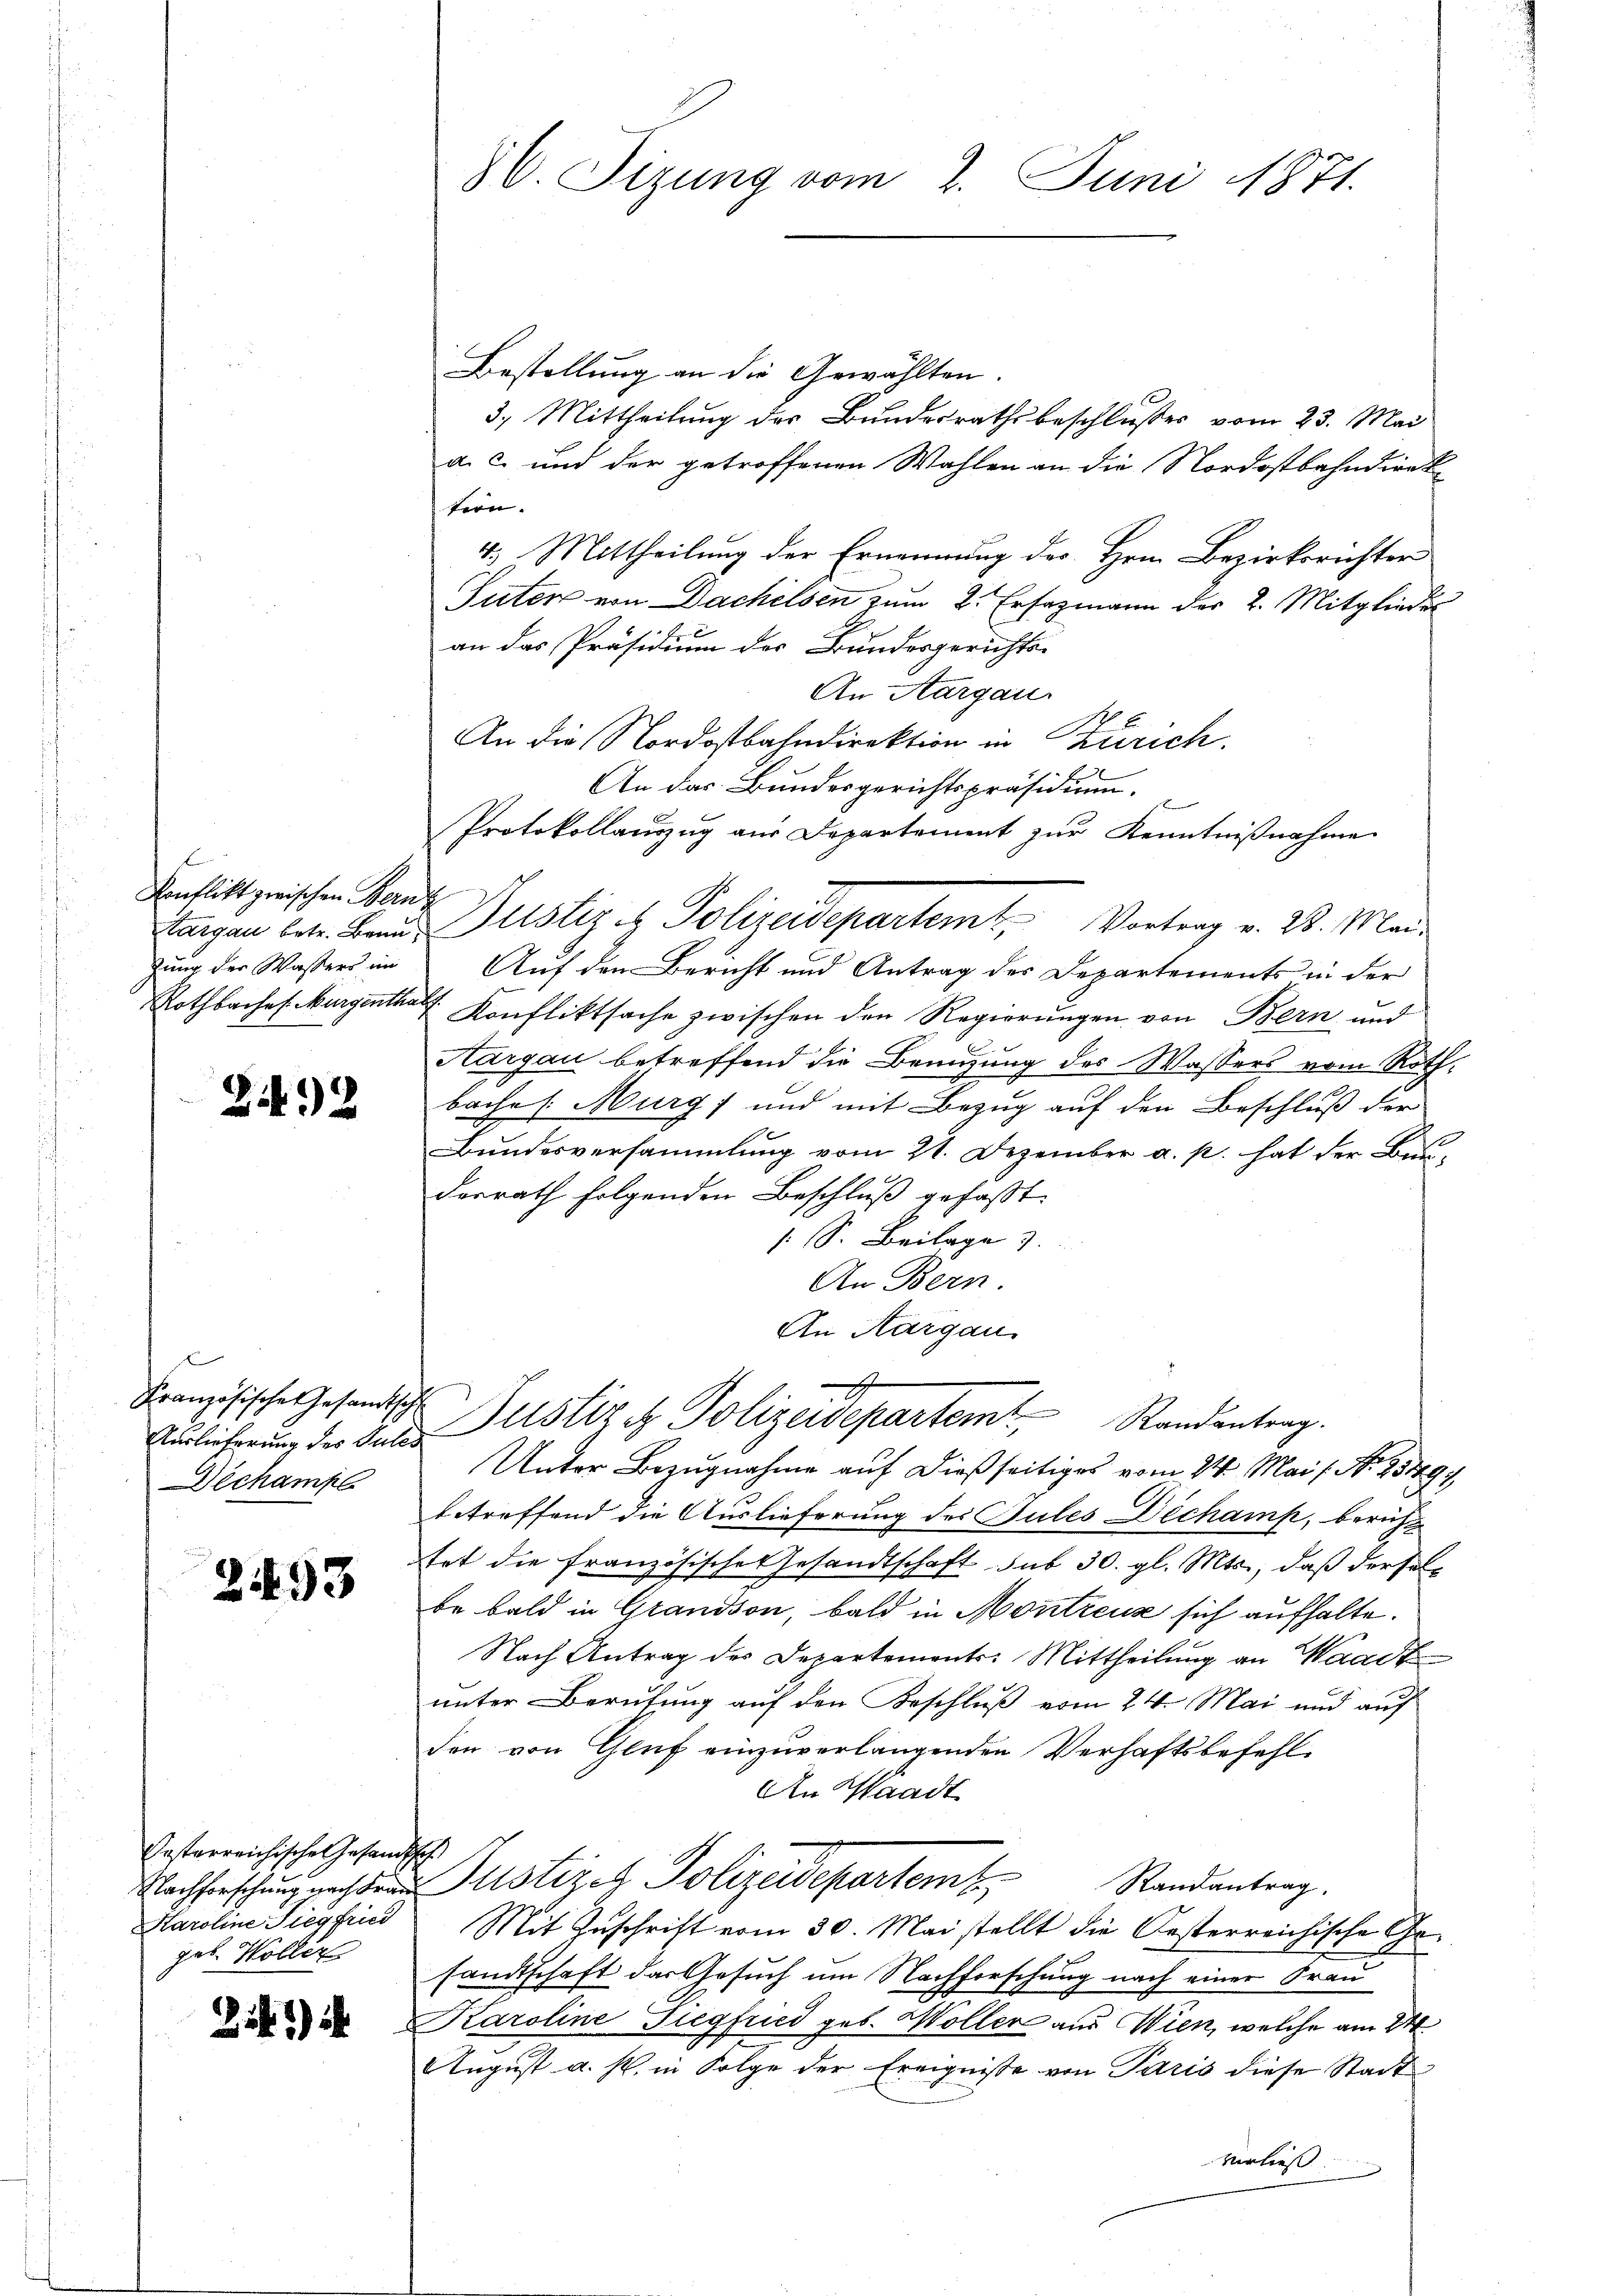
Konflikt zwischen Berne
zung der Wassers im

22

x
Französische Gesandtsche
Dechanks

2493

Pestarreichisches Gesandtsch
Karoline Siegfried
geb. Wollen

21)

Bestellung an die Gewählten
3.) Mittheilung der Bundesrathsbeschlußes vom 23. Mai
a. c. und der getroffenen Wahlen an die Nordostbahndirektern.
4.) Mittheilung der Ernennung des Hrn. Bezirksrichter
Suter von Dachelsen zum 2. Ersazmann der 2. Mitglieder
an das Präsidium des Bundesgerichts-
An Aargau.
An die Nordostbahndirektion in Zürich.
An das Bundesgerichtspräsidium.
Protokollanzug aus Departement zur Kenntnißnahme
Auf den Bericht und Antrag des Departements in der
Rothbarhef. Murgenthalt. Konfliktsache zwischen den Regierungen von Bern und
Aargau betreffend die Benuzung des Wassers vom Rothbache : Murg; und mit Bezug auf den Beschluß der
A
Bundesversammlung vom 21. Dezember a. p. hat der Bundesrath folgenden Beschluß gefaßt.
 S. Beilage 3
An Bern.
An Aargau.
A
Auslieferung der Fall Pulstiz et Polizeidepartem Randantrag.
Unter Bezugnahme auf dießseitiges vom 24. Mai l. N. 251494
betreffend die Auslieferung des Sules Dechank, beruht
tat die französische Gesandtschaft sub 30. gl. Mts., daß derselbe bald in Grandson, bald in Montreuse sich aufhalte.
Nach Antrag des Departements-Mittheilung an Waadt
unter Berufung auf den Beschluß vom 24. Mai und auf
den von Gluf einzuverlangenden Verhaftsbefehl¬
An Waadt
Nachforschung nach der Justizen Polizeidepartem Randantrag.
Mit Zuschrift vom 30. Mai stellt die Oesterreichische Gesandtschaft der Gesuch um Nachforschung nach einer Frau
Karoline Siegfried geb. Möller aus Wien, welche am 24.
August a. s. in Folge der Ereignisse von Paris diese Stadt
verließ

86. Sizung vom 2. Juni 1871.

Sargau betr. Band Justiz et Polizeidepartemt, Vortrag v. 28. Mai